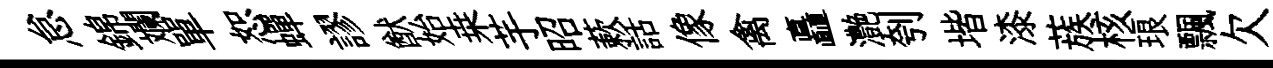
怠錦斕單恕蟬謬猷始桒芋昭蔌話像禽矗灔刳堦漆蔟核琅飄欠